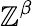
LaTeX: \mathbb{Z}^{\beta}